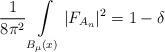
LaTeX: \begin{align*}{1\over 8\pi^2}\int\limits_{B_\mu (x)}\vert F_{A_n}\vert^2=1-\delta\end{align*}